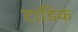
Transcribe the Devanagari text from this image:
टाडिक